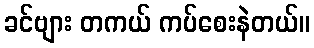
ခင်ဗျား တကယ် ကပ်စေးနဲတယ်။